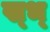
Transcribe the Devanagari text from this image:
ख्भ्